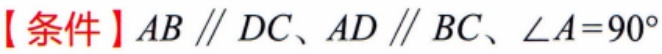
【条件】$AB \parallel DC、AD \parallel BC、\angle A = 90^{\circ}$